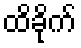
ထိခိုက်